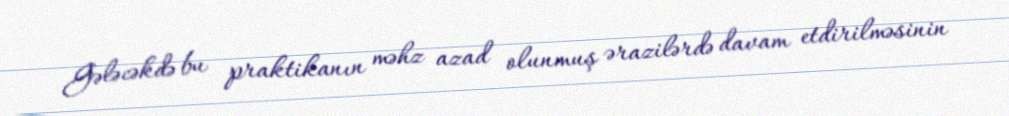
Gələcəkdə bu praktikanın məhz azad olunmuş ərazilərdə davam etdirilməsinin